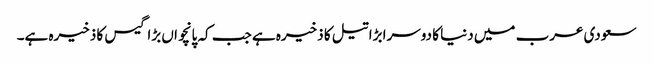
سعودی عرب میں دنیا کا دوسرا بڑا تیل کا ذخیرہ ہے جب کہ پانچواں بڑا گیس کا ذخیرہ ہے۔